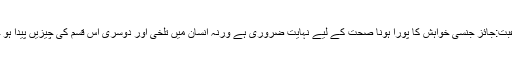
جنسی رغبت:جائز جنسی خواہش کا پورا ہونا صحت کے لیے نہایت ضروری ہے ورنہ انسان میں تلخی اور دوسری اس قسم کی چیزیں پیدا ہو جاتی ہیں۔